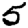
Digit: 5